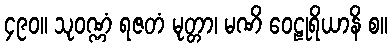
၄၉၀။ သုဝဏ္ဏံ ရဇတံ မုတ္တာ၊ မဏိ ဝေဠုရိယာနိ စ။